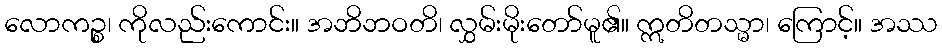
လောကဉ္စ၊ ကိုလည်းကောင်း။ အဘိဘဝတိ၊ လွှမ်းမိုးတော်မူ၏။ ဣတိတသ္မာ၊ ကြောင့်။ အဿ